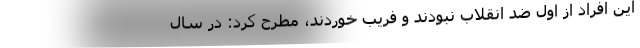
این افراد از اول ضد انقلاب نبودند و فریب خوردند، مطرح کرد: در سال